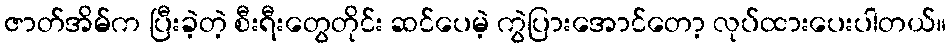
ဇာတ်အိမ်က ပြီးခဲ့တဲ့ စီးရီးတွေတိုင်း ဆင်ပေမဲ့ ကွဲပြားအောင်တော့ လုပ်ထားပေးပါတယ်။